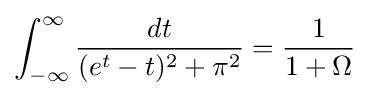
\int _{-\infty }^{\infty }{\frac {dt}{(e^{t}-t)^{2}+\pi ^{2}}}={\frac {1}{1+\Omega }}